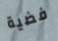
فضية